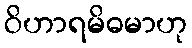
ဝိဟာရမိဓမာဟု